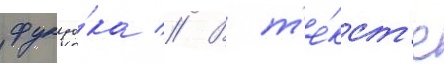
фукуо́ка // В т'е́кст'е